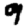
Digit: 9